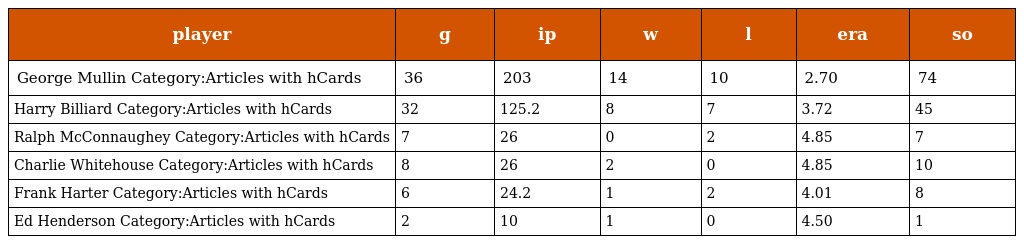
| player | g | ip | w | l | era | so |
 | --- | --- | --- | --- | --- | --- | --- |
 | George Mullin Category:Articles with hCards | 36 | 203 | 14 | 10 | 2.70 | 74 |
 | Harry Billiard Category:Articles with hCards | 32 | 125.2 | 8 | 7 | 3.72 | 45 |
 | Ralph McConnaughey Category:Articles with hCards | 7 | 26 | 0 | 2 | 4.85 | 7 |
 | Charlie Whitehouse Category:Articles with hCards | 8 | 26 | 2 | 0 | 4.85 | 10 |
 | Frank Harter Category:Articles with hCards | 6 | 24.2 | 1 | 2 | 4.01 | 8 |
 | Ed Henderson Category:Articles with hCards | 2 | 10 | 1 | 0 | 4.50 | 1 |